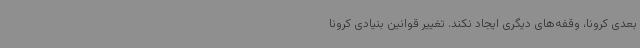
بعدی کرونا، وقفه‌های دیگری ایجاد نکند. تغییر قوانین بنیادی کرونا